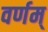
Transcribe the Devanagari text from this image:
वर्णम्